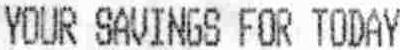
YOUR SAVINGS FOR TODAY